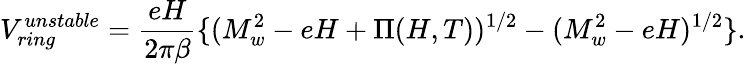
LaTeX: V_{ring}^{unstable}=\frac{eH}{2\pi\beta}\{ (M_{w}^{2}-eH+\Pi(H,T))^{1/2}-(M_{w}^{2}-eH)^{1/2}\} .